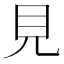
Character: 見